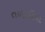
તળાવીયા